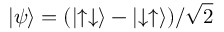
| \psi \rangle = ( | { \uparrow } { \downarrow } \rangle - | { \downarrow } { \uparrow } \rangle ) / \sqrt { 2 }